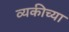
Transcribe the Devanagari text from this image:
व्यकीच्या